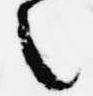
之